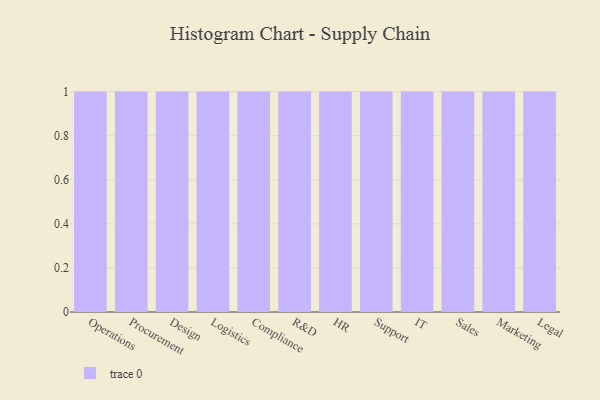
{"axis": {"x": "Department", "y": "Tickets Resolved"}, "legend": [""], "data": [{"x": "Operations", "y": 30, "type": ""}, {"x": "Procurement", "y": 96, "type": ""}, {"x": "Design", "y": 24, "type": ""}, {"x": "Logistics", "y": 6, "type": ""}, {"x": "Compliance", "y": 23, "type": ""}, {"x": "R&D", "y": 87, "type": ""}, {"x": "HR", "y": 11, "type": ""}, {"x": "Support", "y": 36, "type": ""}, {"x": "IT", "y": 17, "type": ""}, {"x": "Sales", "y": 79, "type": ""}, {"x": "Marketing", "y": 61, "type": ""}, {"x": "Legal", "y": 35, "type": ""}]}